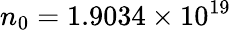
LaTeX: n_{0}=1.9034\times 10^{19}